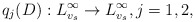
\begin{align*}q_j(D):L^\infty_{v_s}\to L^\infty_{v_s}, j=1,2,\end{align*}